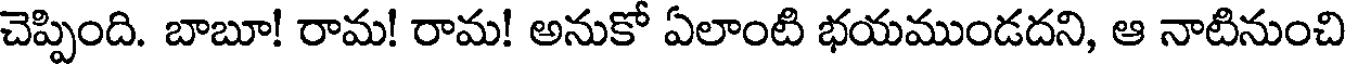
చెప్పింది. బాబూ! రామ! రామ! అనుకో ఏలాంటి భయముండదని, ఆ నాటినుంచి